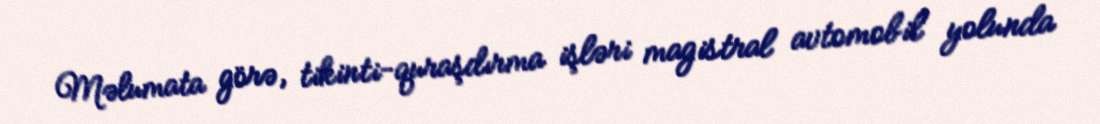
Məlumata görə, tikinti-quraşdırma işləri magistral avtomobil yolunda